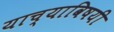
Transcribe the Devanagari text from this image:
याच्याविषयी